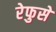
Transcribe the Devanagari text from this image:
रेफुसे